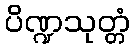
ပိဏ္ဍသုတ္တံ